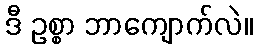
ဒီ ဥစ္စာ ဘာကျောက်လဲ။